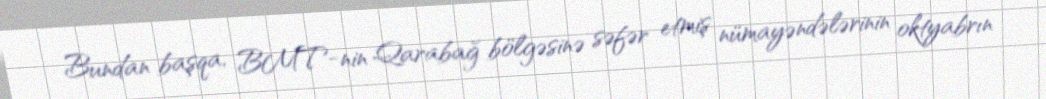
Bundan başqa, BMT-nin Qarabağ bölgəsinə səfər etmiş nümayəndələrinin oktyabrın